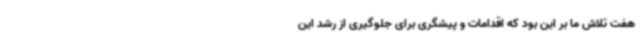
هفت تلاش ما بر این بود که اقدامات و پیشگری برای جلوگیری از رشد این